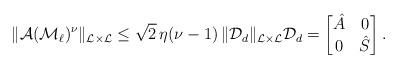
LaTeX: \begin{align*} \|\mathcal{A} (\mathcal{M}_\ell)^\nu\|_{\mathcal{L}\times \mathcal{L}} \le \sqrt{2}\, \eta(\nu-1) \, \|\mathcal{D}_d \|_{\mathcal{L}\times \mathcal{L}} \mathcal{D}_d = \begin{bmatrix} \hat{A} & 0 \\ 0 & \hat{S} \end{bmatrix}.\end{align*}